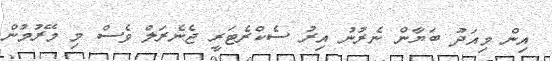
އިން މިއަދު ބަޔާން ނެރުނު އިރު ސެކްރެޓަރީ ޖެނެރަލް ވެސް މި މޭރުމުން